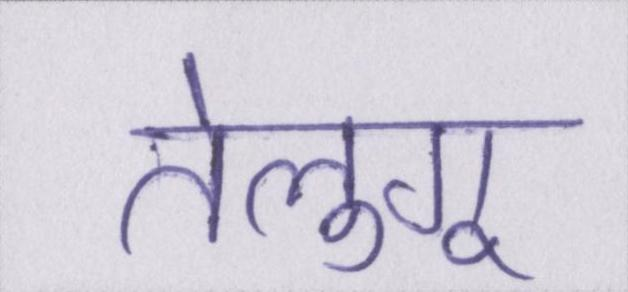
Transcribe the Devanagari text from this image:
तेलुगू